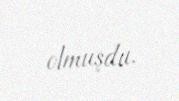
olmuşdu.